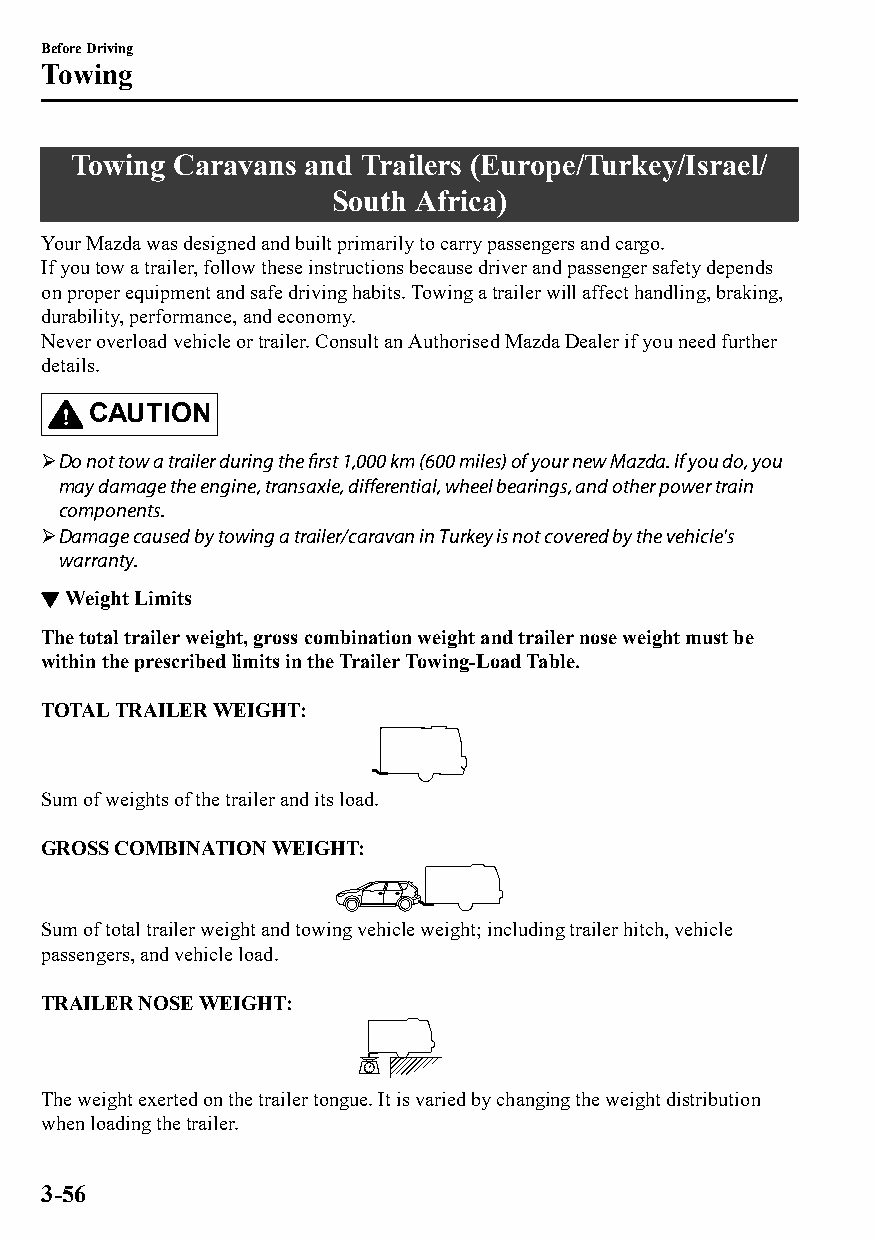
Before Driving
 Towing
 Towing Caravans and Trailers (Europe/Turkey/Israel/
 South Africa)
 Your Mazda was designed and built primarily to carry passengers and cargo.
 If you tow a trailer, follow these instructions because driver and passenger safety depends
 on proper equipment and safe driving habits. Towing a trailer will affect handling, braking,
 durability, performance, and economy.
 Never overload vehicle or trailer. Consult an Authorised Mazda Dealer if you need further
 details.
 CAUTION
 Do not tow a trailer during the first 1,000 km (600 miles) of your new Mazda. If you do, you
 may damage the engine, transaxle, differential, wheel bearings, and other power train
 components.
 Damage caused by towing a trailer/caravan in Turkey is not covered by the vehicle's
 warranty.
 ▼Weight Limits
 The total trailer weight, gross combination weight and trailer nose weight must be
 within the prescribed limits in the Trailer Towing-Load Table.
 TOTAL TRAILER WEIGHT:
 Sum of weights of the trailer and its load.
 GROSS COMBINATION WEIGHT:
 Sum of total trailer weight and towing vehicle weight; including trailer hitch, vehicle
 passengers, and vehicle load.
 TRAILER NOSE WEIGHT:
 The weight exerted on the trailer tongue. It is varied by changing the weight distribution
 when loading the trailer.
 3-56
 CX-3_8GT4-EE-18D_Edition4                  2018-9-6 18:32:19